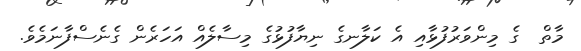
މާތް  ގެ މިންވަރުފުޅާއި އެ ކަލާނގެ ނިޔާފުޅުގެ މިސާލެއް އަހަރެން ގެނެސްފާނަމެވެ.